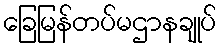
ခြေမြန်တပ်မဌာနချုပ်